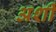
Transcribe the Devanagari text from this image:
अर्शी